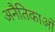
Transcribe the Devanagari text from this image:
अनैतिकाओं